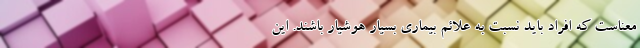
معناست که افراد باید نسبت به علائم بیماری بسیار هوشیار باشند. این